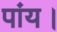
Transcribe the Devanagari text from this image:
पांय।